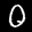
Label: 0